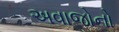
અવાજોનો